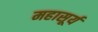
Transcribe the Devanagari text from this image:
महासूर्य